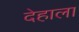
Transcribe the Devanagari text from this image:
देहाला